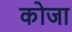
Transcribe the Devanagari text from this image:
कोजा